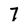
Character: 7